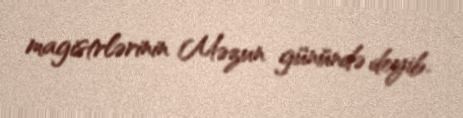
magistrlərinin Məzun günündə deyib.